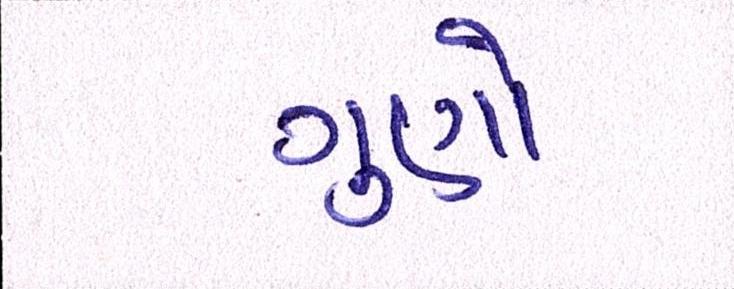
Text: ગુણો